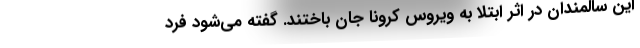
این سالمندان در اثر ابتلا به ویروس کرونا جان باختند. گفته می‌شود فرد